Indian journal of veterinary science and animal husbandry - Volume 9,
Year: 1939
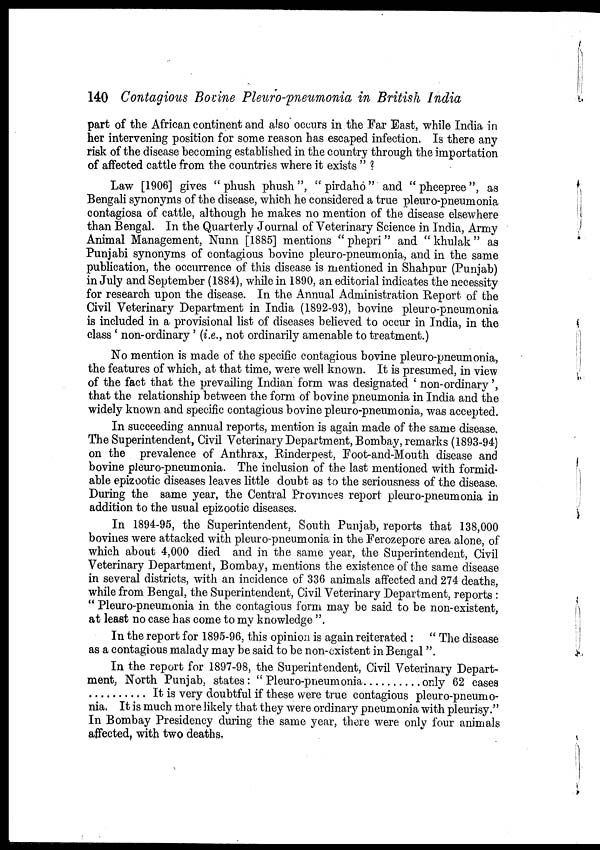
140 Contagious Bovine Pleuro-pneumonia in British India
part of the African continent and also occurs in the Far East, while India in
her intervening position for some reason has escaped infection. Is there any
risk of the disease becoming established in the country through the importation
of affected cattle from the countries where it exists " ?
Law [1906] gives " phush phush ", " pirdaho " and " pheepree ", as
Bengali synonyms of the disease, which he considered a true pleuro-pneumonia
contagiosa of cattle, although he makes no mention of the disease elsewhere
than Bengal. In the Quarterly Journal of Veterinary Science in India, Army
Animal Management, Nunn [1885] mentions " phepri" and " khulak " as
Punjabi synonyms of contagious bovine pleuro-pneumonia, and in the same
publication, the occurrence of this disease is mentioned in Shahpur (Punjab)
in July and September (1884), while in 1890, an editorial indicates the necessity
for research upon the disease. In the Annual Administration Report of the
Civil Veterinary Department in India (1892-93), bovine pleuro-pneumonia
is included in a provisional list of diseases believed to occur in India, in the
class ' non-ordinary' (i.e., not ordinarily amenable to treatment.)
No mention is made of the specific contagious bovine pleuro-pneumonia,
the features of which, at that time, were well known. It is presumed, in view
of the fact that the prevailing Indian form was designated ' non-ordinary',
that the relationship between the form of bovine pneumonia in India and the
widely known and specific contagious bovine pleuro-pneumonia, was accepted.
In succeeding annual reports, mention is again made of the same disease.
The Superintendent, Civil Veterinary Department, Bombay, remarks (1893-94)
on the prevalence of Anthrax, Rinderpest, Foot-and-Mouth disease and
bovine pleuro-pneumonia. The inclusion of the last mentioned with formid-
able epizootic diseases leaves little doubt as to the seriousness of the disease,
During the same year, the Central Provinces report pleuro-pneumonia in
addition to the usual epizootic diseases.
In 1894-95, the Superintendent. South Punjab, reports that 138,000
bovines were attacked with pleuro-pneumonia in the Ferozepore area alone, of
which about 4,000 died and in the same year, the Superintendent, Civil
Veterinary Department, Bombay, mentions the existence of the same disease
in several districts, with an incidence of 336 animals affected and 274 deaths,
while from Bengal, the Superintendent, Civil Veterinary Department, reports :
" Pleuro-pneumonia in the contagious form may be said to be non-existent,
at least no case has come to my knowledge ".
In the report for 1895-96, this opinion is again reiterated : " The disease
as a contagious malady may be said to be non-existent in Bengal".
In the report for 1897-98, the Superintendent, Civil Veterinary Depart-
ment, North Punjab, states : " Pleuro-pneumonia
only 62 cases
It is very doubtful if these were true contagious pleuro-pneumo-
nia. It is much more likely that they were ordinary pneumonia with pleurisy."
In Bombay Presidency during the same year, there were only four animals
affected, with two deaths.